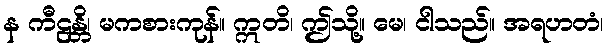
န ကီဠန္တိ၊ မကစားကုန်။ ဣတိ၊ ဤသို့။ မေ၊ ငါသည်။ အရဟတံ၊